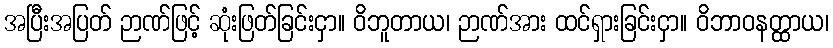
အပြီးအပြတ် ဉာဏ်ဖြင့် ဆုံးဖြတ်ခြင်းငှာ။ ဝိဘူတာယ၊ ဉာဏ်အား ထင်ရှားခြင်းငှာ။ ဝိဘာဝနတ္ထာယ၊